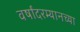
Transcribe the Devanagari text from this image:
वर्षांदरम्यानच्या